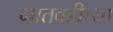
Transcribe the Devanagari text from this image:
भातवडीच्या